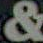
&